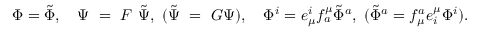
\Phi = \tilde { \Phi } , ~ ~ ~ \Psi ~ = ~ { \cal F } ~ \tilde { \Psi } , ~ ( \tilde { \Psi } ~ = ~ { \cal G } { \Psi } ) , ~ ~ ~ \Phi ^ { i } = e _ { \mu } ^ { i } f _ { a } ^ { \mu } \tilde { \Phi } ^ { a } , ~ ( \tilde { \Phi } ^ { a } = f _ { \mu } ^ { a } e _ { i } ^ { \mu } { \Phi } ^ { i } ) .